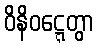
ဝိနိဝဋ္ဋေတွာ